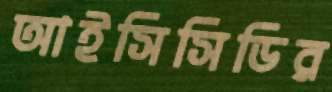
আইসিসিডির